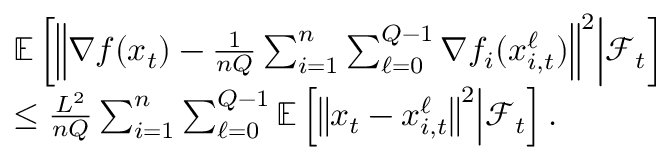
\begin{array} { r l } & { \mathbb { E } \left[ \left\Vert \nabla f ( x _ { t } ) - \frac { 1 } { n Q } \sum _ { i = 1 } ^ { n } \sum _ { \ell = 0 } ^ { Q - 1 } \nabla f _ { i } ( x _ { i , t } ^ { \ell } ) \right\Vert ^ { 2 } \middle | \mathcal { F } _ { t } \right] } \\ & { \leq \frac { L ^ { 2 } } { n Q } \sum _ { i = 1 } ^ { n } \sum _ { \ell = 0 } ^ { Q - 1 } \mathbb { E } \left[ \left\Vert x _ { t } - x _ { i , t } ^ { \ell } \right\Vert ^ { 2 } \middle | \mathcal { F } _ { t } \right] . } \end{array}